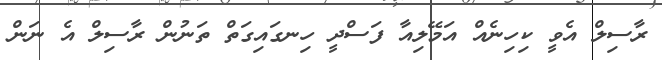
ރާސިލް އެވީ ކިހިނެއް އަމޭލިއާ ފަސްދީ ހިނގައިގަތް ތަނުން ރާސިލް އެ ނަން